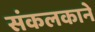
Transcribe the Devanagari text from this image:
संकलकाने